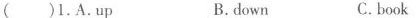
( )1.A.Up B.down C.book